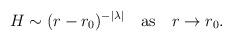
LaTeX: \begin{align*}H\sim (r-r_0)^{-|\lambda|}\quad\hbox{as}\quad r\to r_0.\end{align*}